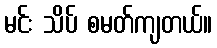
မင်း သိပ် စမတ်ကျတယ်။